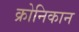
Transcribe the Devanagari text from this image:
क्रोनिकान